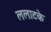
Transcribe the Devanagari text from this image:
ललाटके